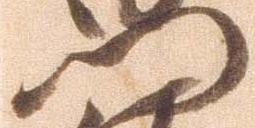
門